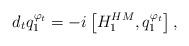
LaTeX: \begin{align*}d_t q^{\varphi_t}_1 &= - i \left[ H_1^{HM}, q_1^{\varphi_t} \right],\end{align*}